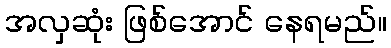
အလှဆုံး ဖြစ်အောင် နေရမည်။